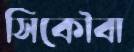
সিকৌবা